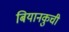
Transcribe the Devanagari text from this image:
बियानकुची